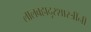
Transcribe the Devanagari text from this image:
लालबहादूरशास्त्रींनी